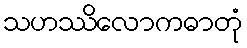
သဟဿိလောကဓာတုံ